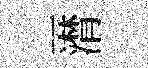
一潸